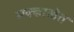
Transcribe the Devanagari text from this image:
मक्काखेत